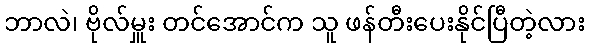
ဘာလဲ၊ ဗိုလ်မှူး တင်အောင်က သူ ဖန်တီးပေးနိုင်ပြီတဲ့လား